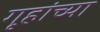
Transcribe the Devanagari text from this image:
गृहांच्या